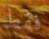
فقط